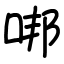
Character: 𠳐